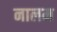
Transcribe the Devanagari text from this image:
नालम